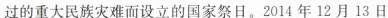
过的重大民族灾难而设立的国家祭日。2014年12月13日